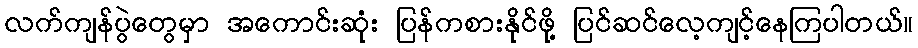
လက်ကျန်ပွဲတွေမှာ အကောင်းဆုံး ပြန်ကစားနိုင်ဖို့ ပြင်ဆင်လေ့ကျင့်နေကြပါတယ်။